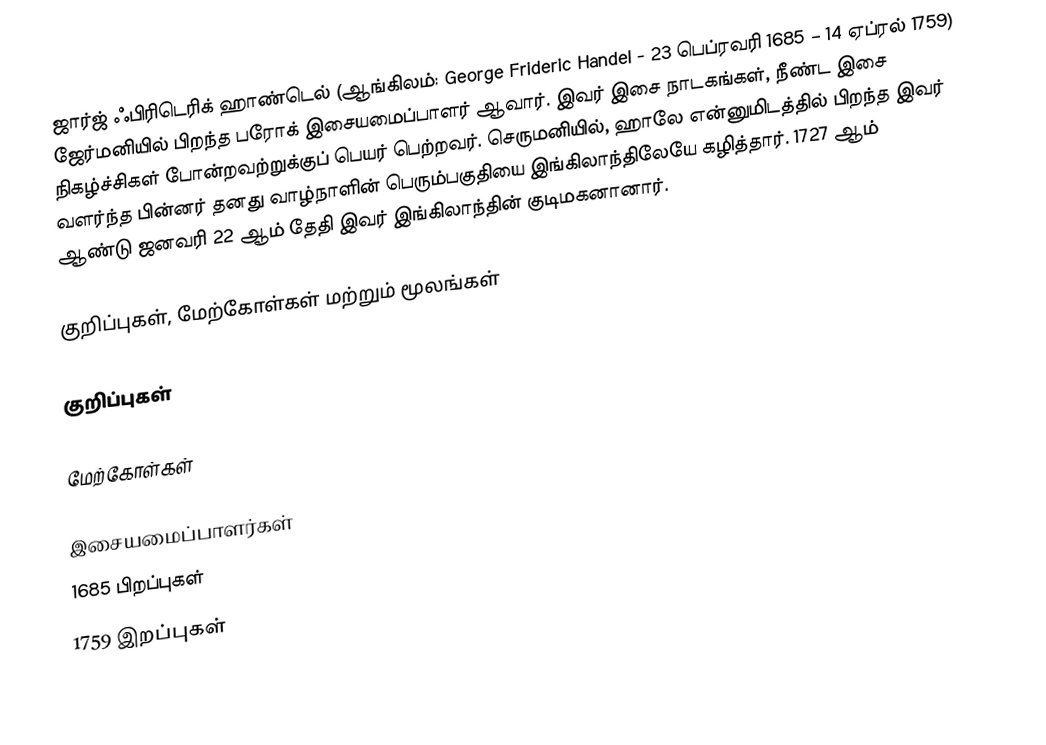
ஜார்ஜ் ஃபிரிடெரிக் ஹாண்டெல் (ஆங்கிலம்: George Frideric Handel - 23 பெப்ரவரி 1685 – 14 ஏப்ரல் 1759) ஜேர்மனியில் பிறந்த பரோக் இசையமைப்பாளர் ஆவார். இவர் இசை நாடகங்கள், நீண்ட இசை நிகழ்ச்சிகள் போன்றவற்றுக்குப் பெயர் பெற்றவர். செருமனியில், ஹாலே என்னுமிடத்தில் பிறந்த இவர் வளர்ந்த பின்னர் தனது வாழ்நாளின் பெரும்பகுதியை இங்கிலாந்திலேயே கழித்தார். 1727 ஆம் ஆண்டு ஜனவரி 22 ஆம் தேதி இவர் இங்கிலாந்தின் குடிமகனானார்.

குறிப்புகள், மேற்கோள்கள் மற்றும் மூலங்கள்

குறிப்புகள்

மேற்கோள்கள்

இசையமைப்பாளர்கள்
1685 பிறப்புகள்
1759 இறப்புகள்